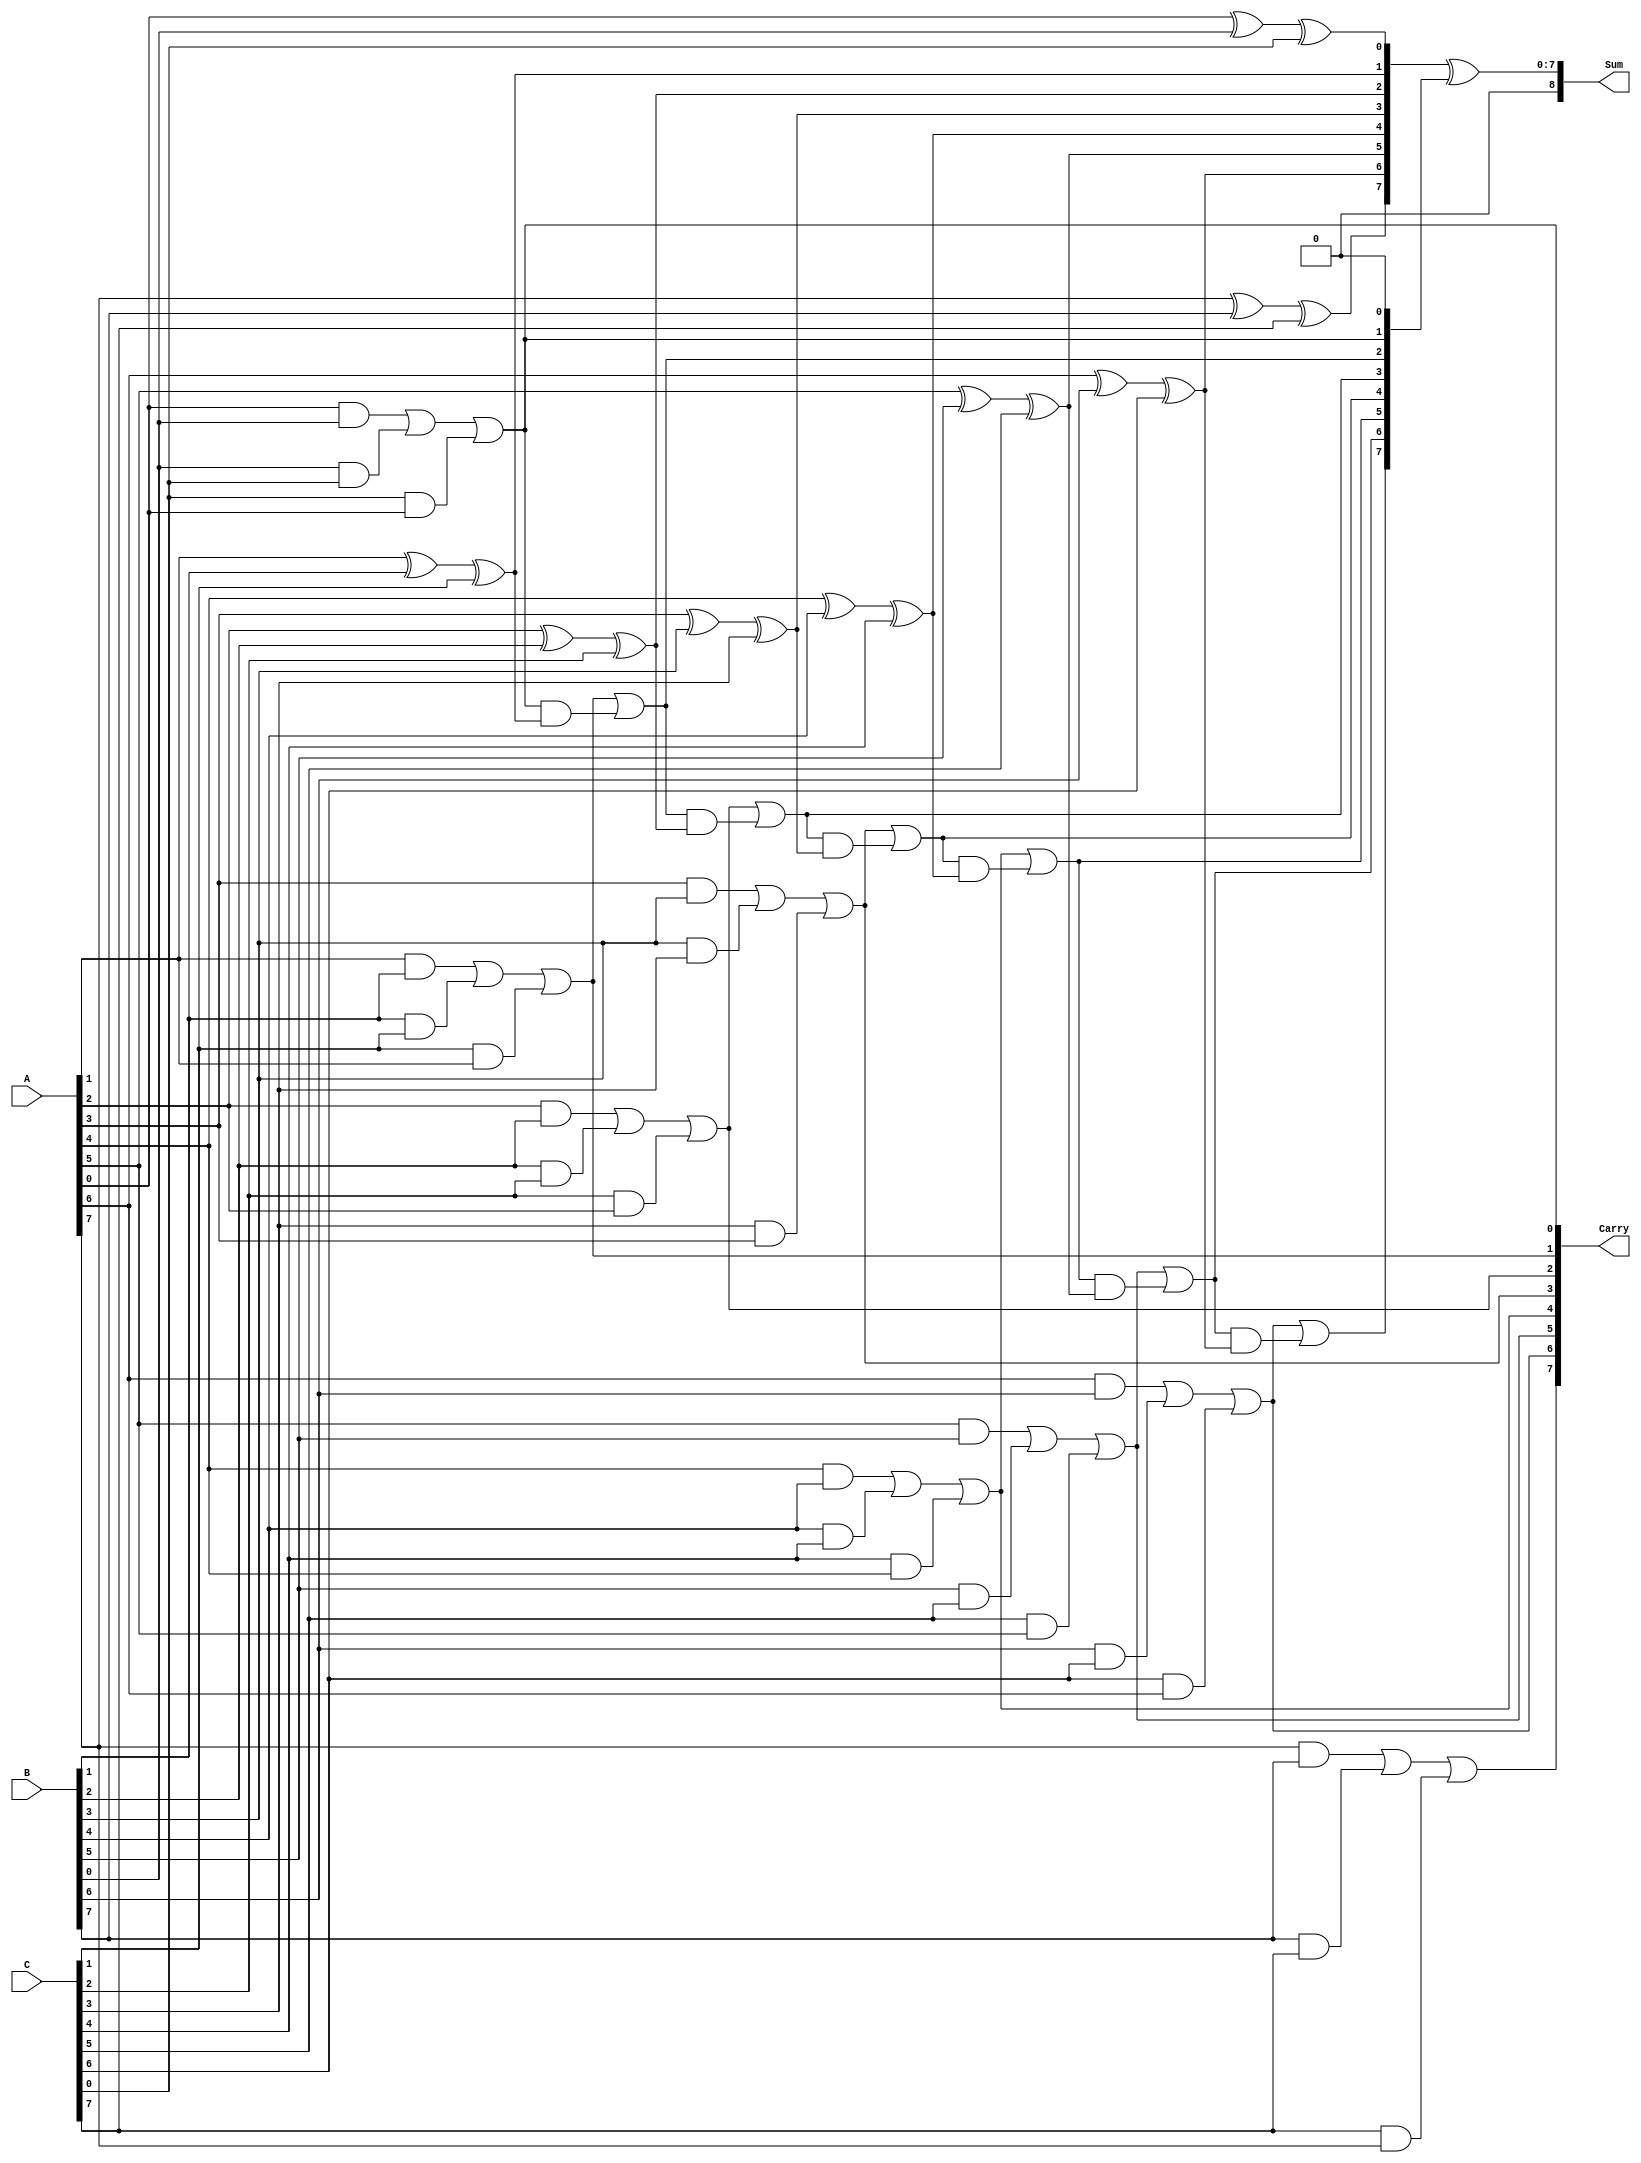
module ModifiedCarrySaveAdder #(
    parameter n = 8  // Bit-width of input numbers
) (
    input  wire [n-1:0] A,  // Input A
    input  wire [n-1:0] B,  // Input B
    input  wire [n-1:0] C,  // Input C
    output wire [n:0] Sum,   // Sum output (n+1 bits)
    output wire [n-1:0] Carry // Carry output (n bits)
);

    // Intermediate wires for partial sums and carries
    wire [n-1:0] PartialSum;
    wire [n-1:0] TempCarry;

    // Generate partial sums and carry bits
    genvar i;
    generate
        for (i = 0; i < n; i = i + 1) begin: sum_carry_gen
            assign PartialSum[i] = A[i] ^ B[i] ^ C[i];  // Calculate partial sum
            assign TempCarry[i] = (A[i] & B[i]) | (B[i] & C[i]) | (C[i] & A[i]); // Majority logic for carry
        end
    endgenerate

    // Final carry outputs
    assign Carry = TempCarry; // Directly assign to output carry

    // Calculate final sum considering the carry propagation
    wire [n:0] PropagatedCarry;
    
    assign PropagatedCarry[0] = 1'b0; // Initial carry-in is zero

    // Propagating carry from LSB to MSB
    generate
        for (i = 0; i < n; i = i + 1) begin: carry_propagation
            assign PropagatedCarry[i+1] = TempCarry[i] | (PropagatedCarry[i] & PartialSum[i]);
        end
    endgenerate

    // Final sum output
    assign Sum = PartialSum ^ PropagatedCarry[n-1:0]; // Final sum includes carry effect

endmodule